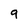
Character: 9